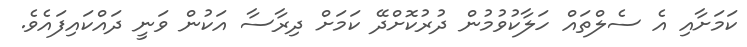
ކަމަށާއި އެ ސެލްތައް ހަލާކުވުމުން ދުރުކޮށްދޭ ކަމަށް ދިރާސާ އަކުން ވަނީ ދައްކައިފައެވެ.